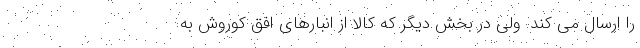
را ارسال می کند. ولی در بخش دیگر که کالا از انبارهای افق کوروش به